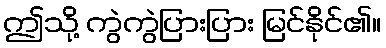
ဤသို့ ကွဲကွဲပြားပြား မြင်နိုင်၏။